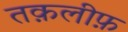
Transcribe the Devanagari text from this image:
तक़लीफ़